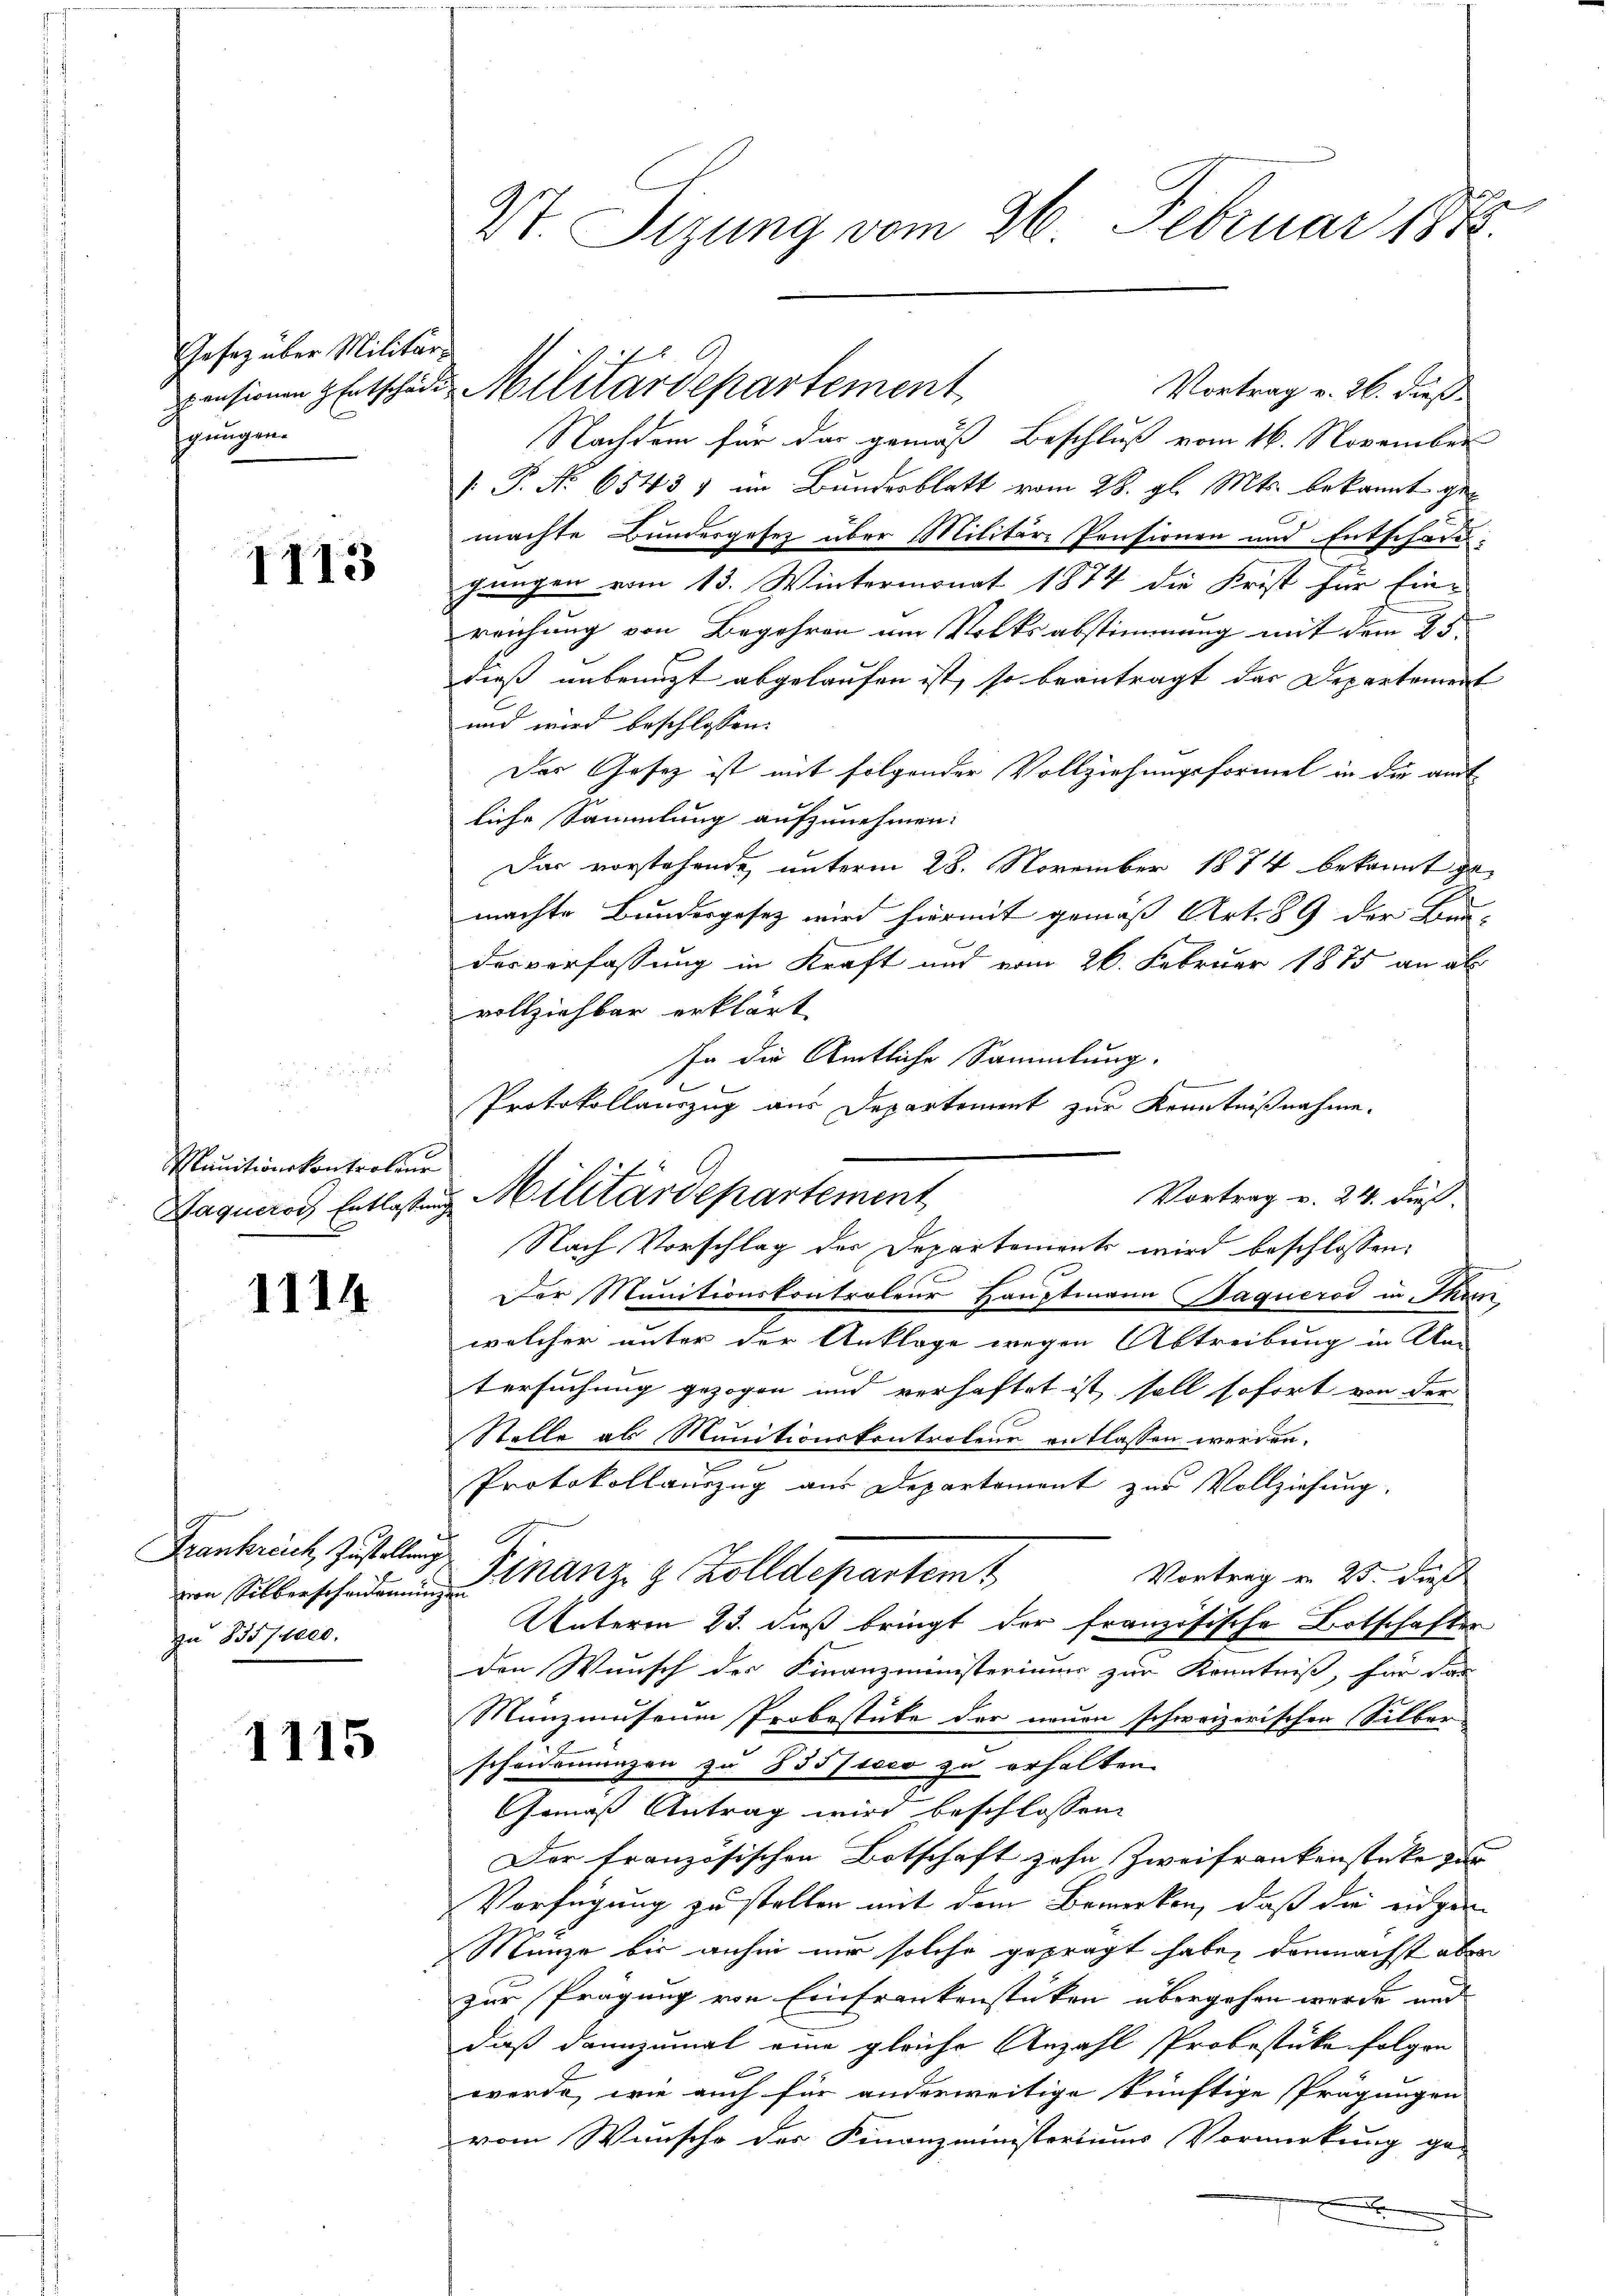
Gesetz über Militär-
gungen.

1113

Munitionskontroleur

1114

von Silberschenkennungen
zu 355/1000.

1115

Vt. Sizung vom 26. Februar 1882.

Vortrag v. 26. dieß
Nachdem für das gemäß Beschluß vom 16. November
V. P. No 65431 im Bundesblatt vom 28. gl. Mts. bekannt ge
machte Bundesgesetz über Militäre Pensionen und Entschard.
gungen vom 13. Wintermonat 1874 die Frist für Ein-
reichung von Begehren um Volksabstimmung mit dem 25.
dieß unbenutzt abgelaufen ist, so beantragt das Departement
und wird beschlossen:
Der Gesetz ist mit folgender Vollziehungsformel in die amt
liche Sammlung aufzunehmen:
Das vorstehende unterm 28. November 1874 bekannt gemachte Bundesgesetz wird hiermit gemäß Art. 89 der Bau-
desverfassung in Kraft und vom 26. Februar 1875 an ab
vollziehbar erklärt
so die Amtliche Sammlung.
Der Munitionskontroleur Hauptmann Paquerod in Rhein
welcher unter der Anklage wegen Abtreibung in An- |
tersuchung gezogen und verhaftet ist soll sofort von der
Stelle als Munitionskontrolene entlassen werden.
e
Protokollauszug aus Departement zur Vollziehung.
Frankreich zu stelle Finanz- & Zolldepartemt
Vortrag von 25. Di
Unterm 23. daß bringt der französische Botschaften
den Wunsch des Finanzministeriums zur Kenntniß, für das
Munzmuseum Probestüke der neuen schweizerischen Silber
scheidemanzen zu 835/1000 zu erhalten.
Gemäß Antrag wird beschlossen:
Der französischen Botschaft zehn Zweifrankenstücke zu |
Verfügung zu stellen mit dem Bemerken, daß die eidgen
Manzo bis anhin mir solche geprägt habe, demnächst aber
zur Prägung von Einfrankenstücken übergehen werde und
daß dannzumal eine gleiche Anzahl Probestüke folgen
werde, wie auch für anderweitige künftige Prägungen
vom Wunsche der Finanzministeriums Vormerkung ge-

pensionen Entschaden Militärdepartement

Protokollauszug aus Departement zur Kenntnißnahme.
Vortrag v. 24. dieß.
Haquard Entlastung Militärdepartement
Nach Vorschlag der Departements wird beschlossen: